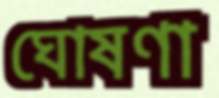
ঘোষণা